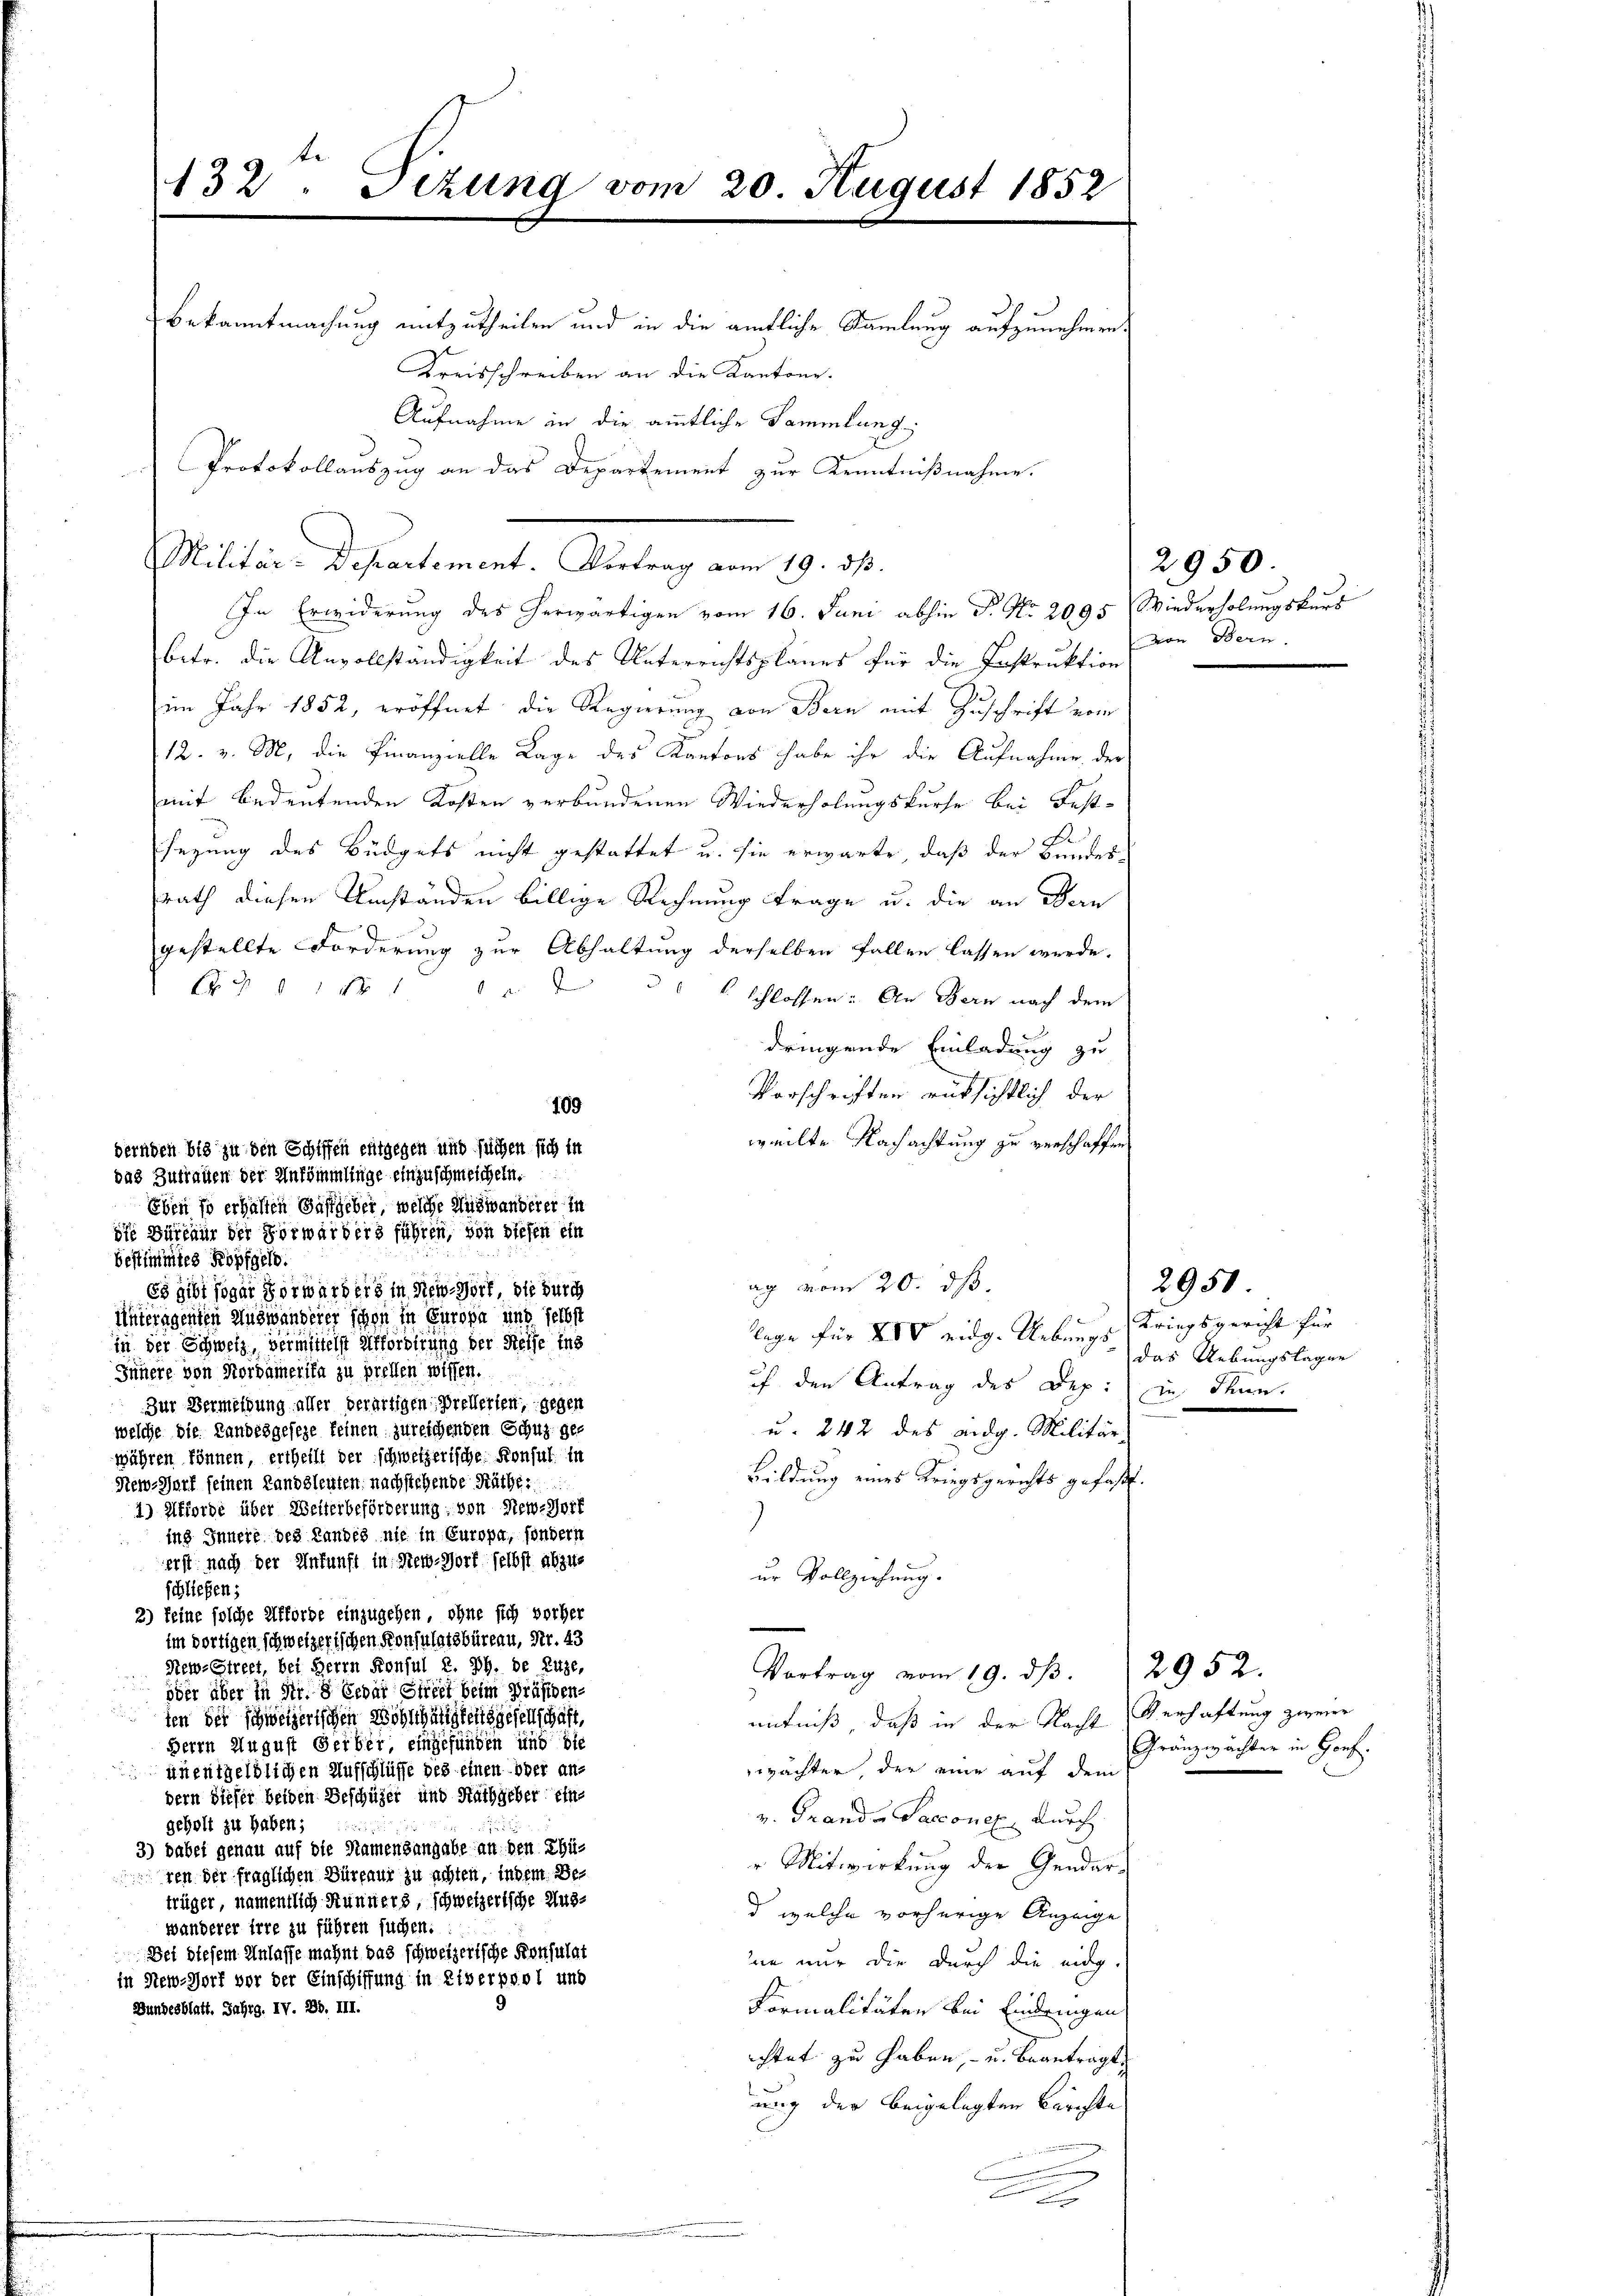
132. Setzung vom 20. August 1852
Bekanntmachung mitzutheilen und in die ämtliche Samlung aufzunehmen.
Kreisschreiben an die Kantone.
Aufnahme in die amtliche Sammlung,
Protokollauszug an das Departement zur Kenntnißnahme.

In Erwiderung des herwärtigen vom 16. Juni abhin P. Nr. 2095 Wiederholungskurs
betr. die Unvollständigkeit des Unterrichtsplanes für die Instruktion
im Jahr 1852, eröffnet die Regierung von Bern mit Zuschrift vom
12. v. M. die Finanzielle Lage des Kantons habe ihr die Aufnahme der
mit bedeutenden Kosten verbundenen Wiederholungskurse bei Fest-
sezung des Büdgets nicht gestattet u. sie erwarte, daß der Bundes-
rath diesen Umständen billige Rechnung trage u. die an Bern
gestellte Forderung zur Abhaltung derselben fallen lassen werde.
EG § 1 f 10. 23 schlossen: An Bern nach dem
dringende Einladung zu
Vorschriften rücksichtlich der
109
weilte Nachachtung zu verschaffen
dernden bis zu den Schiffen entgegen und suchen sich in
das Zutrauen der Ankömmlinge einzuschmeicheln.
Eben so erhalten Gastgeber, welche Auswanderer in
ife Büreaur der Vorwärders führen, von diesen ein
bestimmtes Kopfgelo.
ag vom 20. ds.
Es gibt sogar Vorwärders in New-Hört, die durch
Unteragenten Auswanderer schon in Europa und selbst
lage für XIV eidg. Uebungs Kriegsgericht für
in der Schweiz, vermittelst erforderung der Reise ins
Innere von Nordamerika zu prellen wissen.
ih den Antrag des Dep: in Thun.
Zur Vermeidung aller verartigen Prellerien, gegen
welche die Landesgeseze keinen zureichenden Schuz ge¬
u. 242 des eidg. Militär-
währen können, ertheilt der schweizerische Konsul in
Bildung eines Kriegsgerichts gefaßt.
New-Harf seinen Landsleuten nachstehende Räthe:
4) Erforde über Weiterbeförderung, von New-Yorf
)
ins Innere des Landes nie in Europa, sondern
erst nach der Ankunft in Steu-Wort selbst abzuur Vollziehung.
schließen;
2) keine solche Afförde einzugehen, ohne sich vorher
n
im dortigen schweizerischen Konsulatsbüreau, Nr. 43
New-Street, bei Herrn Konsul E. Ph. de Luze,
Vortrag vom 19. dβ. 2952.
öder über in Nr. 8 Erbar Street beim Präsiden-
ten der schweizerischen Wohlthätigkeitsgesellschaft,
entniß, daß in der Nacht Verhaftung zweier
Herrn August Gerber, eingefunden und die
wächter, der eine auf dem
unentgeldlichen Aufschlüße des einen oder an-
dern dieser beiden Beschüler und Rathgeber eine
v. Grande Sacconen durch
geholt zu haben;
3) Dabei genau auf die Namensangabe an den Zür Mitwirkung der Gendarven der fraglichen Büreaus zu achten, indem Betrüger, namentlich Hunners, schweizerische Ausd welche vorherige Anzeige
wänderer irre zu führen suchen.
Bei diesem Anlasse mahnt das schweizerische Konsulat
ne nur die durch die eidg.
in New-Horf vor der Einschiffung in Etverpool und
Bundesblatt. Jahrg. IV. 28. III.
Formalitäten bei Eindrungen
ichtet zu haben, - u. beantragt,
ung der beigelegten Berichte

n

Militär-Departement. Vortrag vom 19. dβ.

2950.
von Bern.

2950
das Uebungslagen

Gränzwächter in Horf.